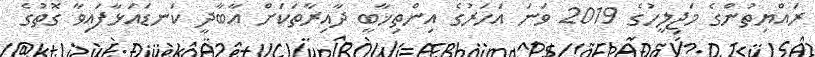
ރައްޔިތުންގެ މަޖިލީހުގެ 2019 ވަނަ އަހަރުގެ އިންތިޚާބީ ދާއިރާތަކަށް އާބާދީ ކަނޑައަޅާފައިވާ ގޮތުގެ